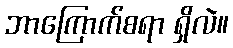
ဘာကြောက်စရာ ရှိလဲ။